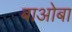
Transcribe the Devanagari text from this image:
बाओबा